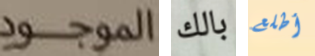
الموجود بالك أطلع